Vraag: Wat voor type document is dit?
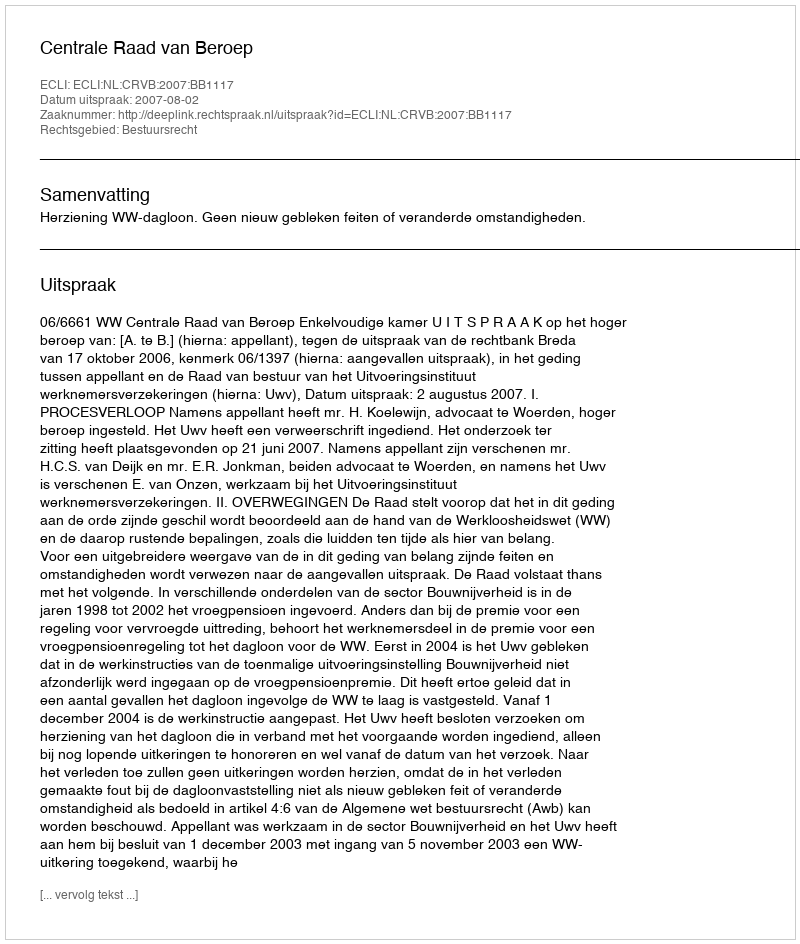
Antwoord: Uitspraak